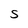
Character: S